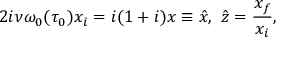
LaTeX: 2 i \nu \omega _ { 0 } ( \tau _ { 0 } ) x _ { i } = i ( 1 + i ) x \equiv \hat { x } , \, \, \hat { z } = \frac { x _ { f } } { x _ { i } } ,